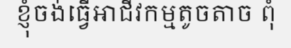
ខ្ញុំចង់ធ្វើអាជីវកម្មតូចតាច ពុំ